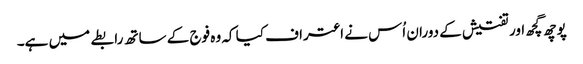
پوچھ گچھ اور تفتیش کے دوران اُس نے اعتراف کیا کہ وہ فوج کے ساتھ رابطے میں ہے۔